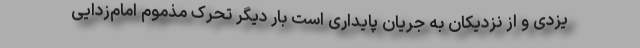
یزدی و از نزدیکان به جریان پایداری است بار دیگر تحرک مذموم امام‌زدایی